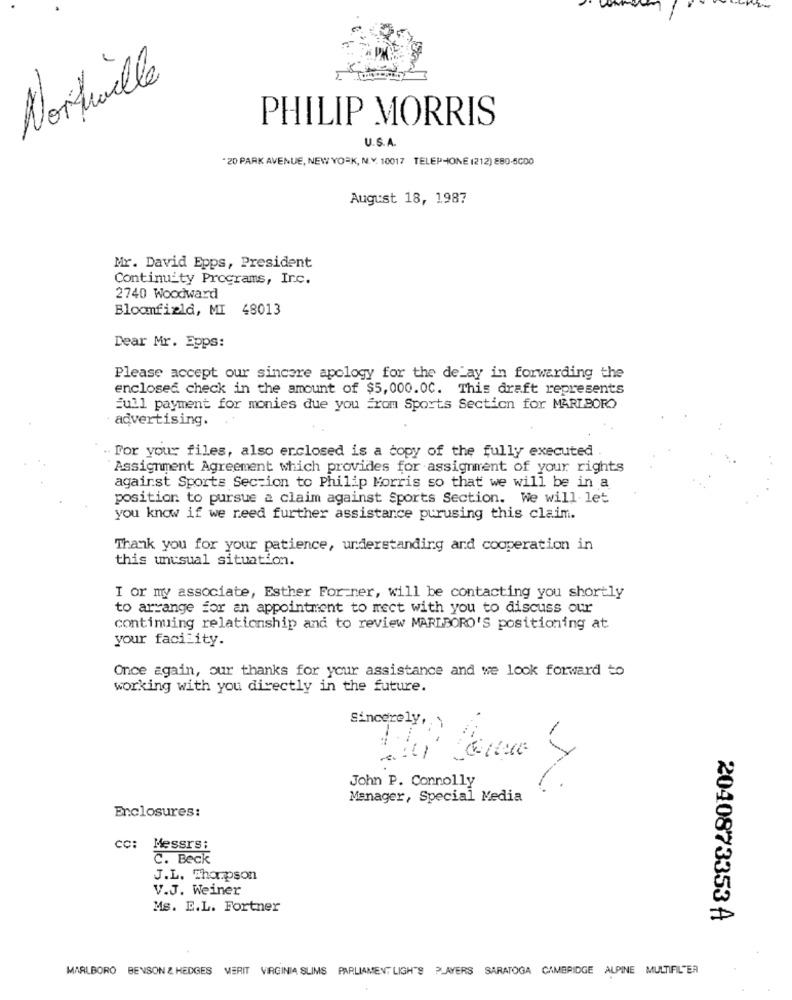
Northwille
PHILIP MORRIS
U.S.A.
"20 PARK AVENUE, NEW YORK, N.Y. 10017 TELEPHONE (212) 880-5000
August 18, 1987
Mr. David Epps, President
Continuity Programs, Irc.
2740 Woodward
Bloomfield, MI 48013
Dear Mr. Epps:
Please accept our sincere apology for the delay in forwarding the
enclosed check in the amount of $5,000.00. This draft represents
full payment for monies due you from Sports Section for MARLBORO
advertising.
For your files, also erclosed is a copy of the fully executed
Assignment Agreement which provides for assignment of your rights
against Sports Section to Philip Morris so that we will be in a
position to pursue a claim against Sports Section. We will let
you know if we need further assistance purusing this claim.
Thank you for your patience, understanding and cooperation in
this unusual situation.
I or my associate, Esther For ner, will be contacting you shortly
to arrange for an appointment to meet with you to discuss our
continuing relationship and to review MARLBORO'S positioning at
your facility.
Once again, our thanks for your assistance and we look forward to
working with you directly in the future.
Sincerely,
John P. Connolly
Manager, Special Media
Enclosures:
cc: Messrs:
C. Beck
J.L. Thompson
V.J. Weiner
Ms. E.L. Fortner
2040873353 A
MARLBORO BENSON & HEDGES MERIT VIRGINIA SLIMS PARLIAMENT LIGHTS PLAYERS SARATOGA CAMBRIDGE ALPINE MULTIFILTER